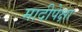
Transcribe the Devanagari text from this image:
मादीपेक्षा